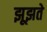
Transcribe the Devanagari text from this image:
झूझते